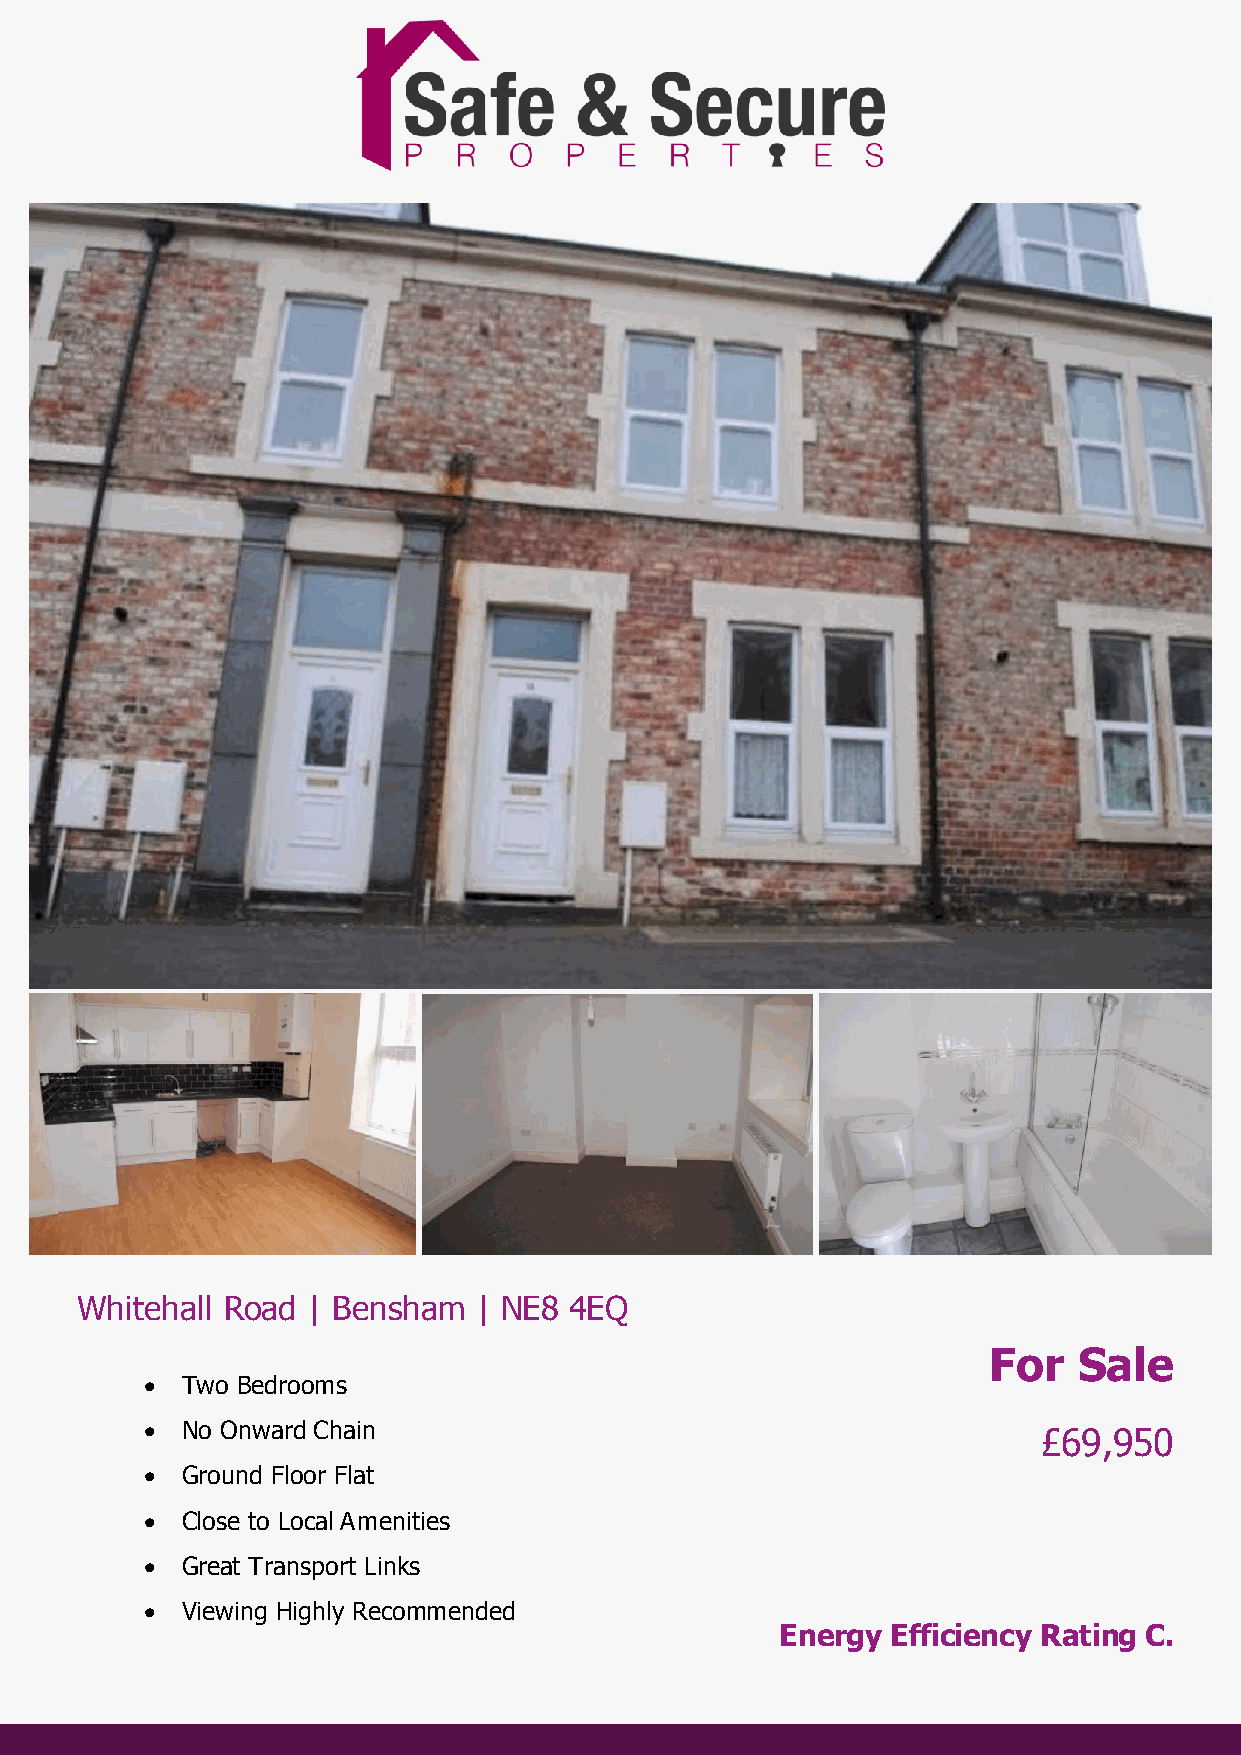
Whitehall Road | Bensham   | NE8 4EQ
 For   Sale
  Two Bedrooms
  No Onward Chain
 £69,950
  Ground Floor Flat
  Close to Local Amenities
  Great Transport Links
  Viewing Highly Recommended
 Energy Efficiency Rating C.
 
 